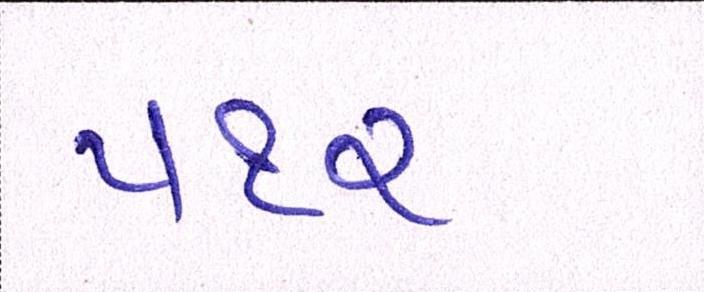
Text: ૫૧૨